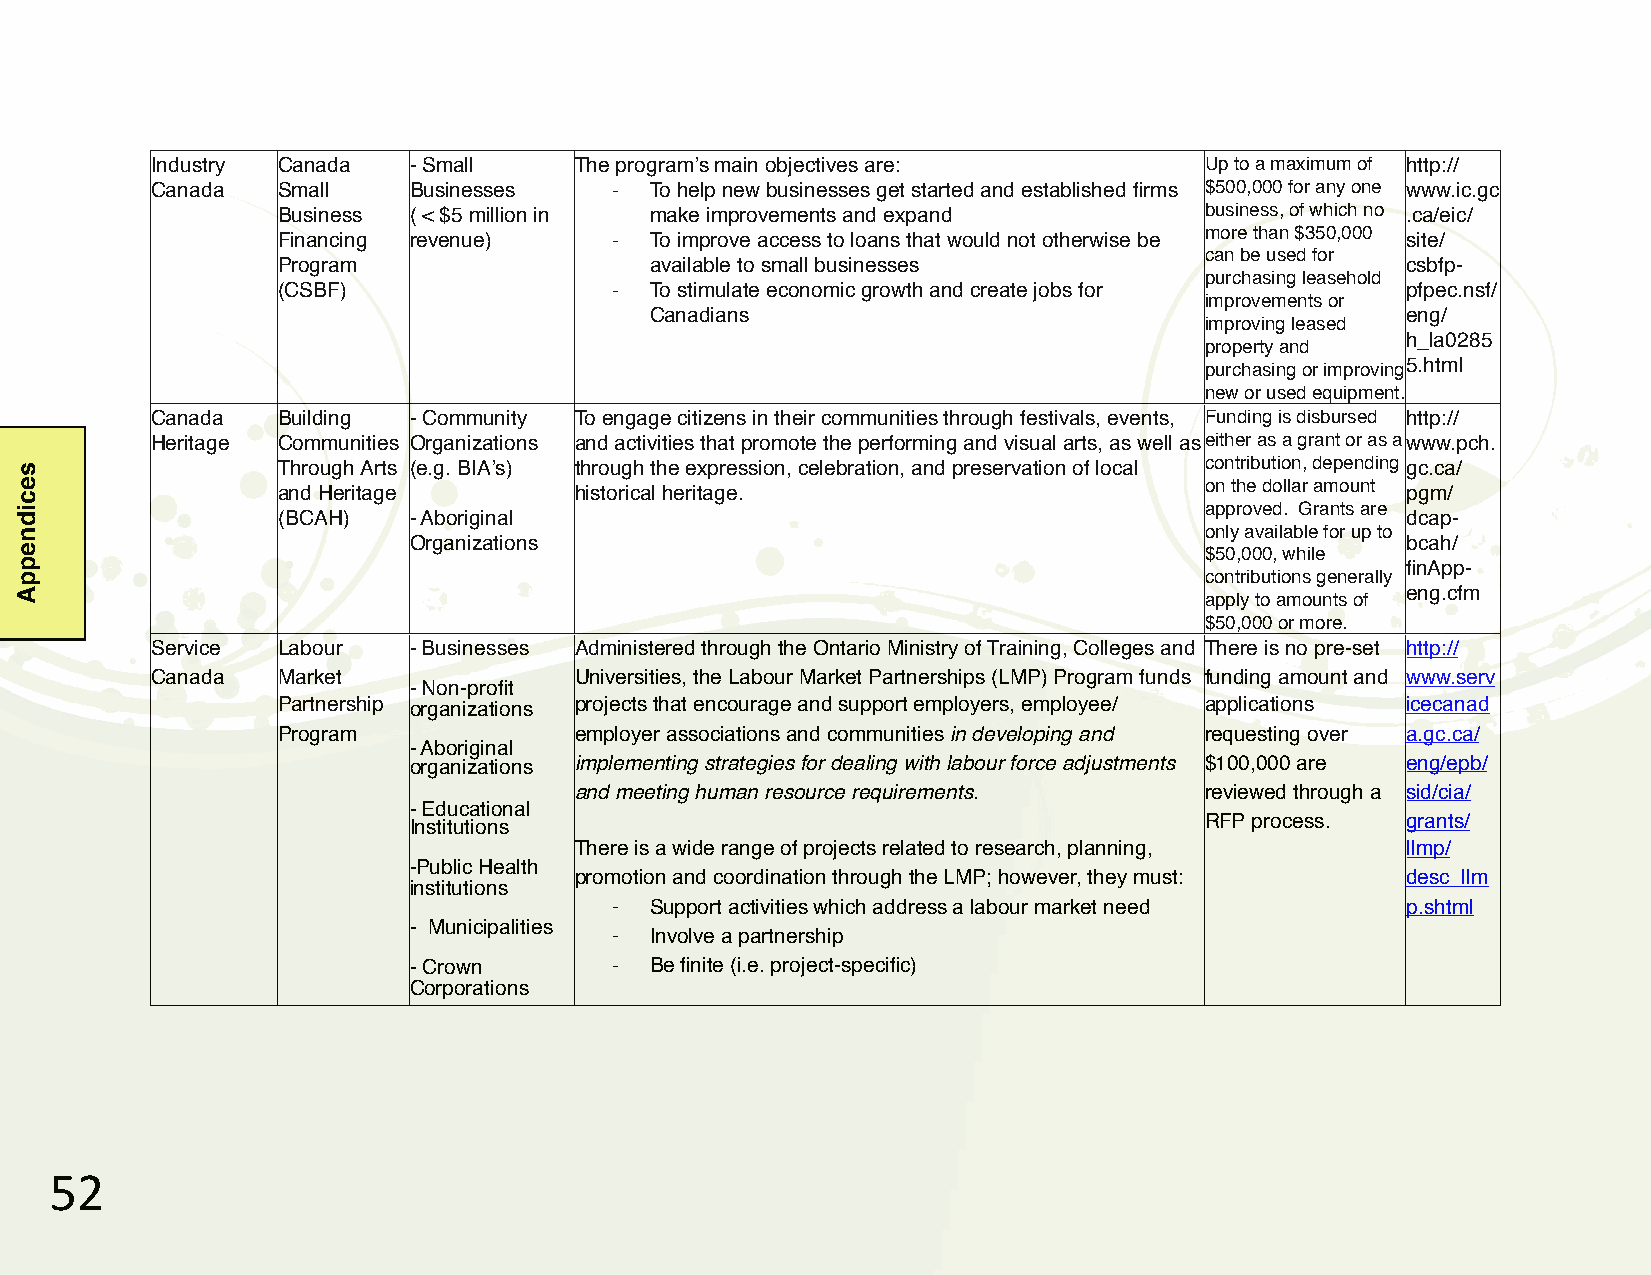
Industry Canada  - Small    The programʼs main objectives are:        Up to a maximum of http://
 Canada  Small    Businesses    # To help new businesses get started and established firms $500,000 for any one www.ic.gc
 Business ( < $5 million in make improvements and expand       business, of which no .ca/eic/
 Financing revenue)     # To improve access to loans that would not otherwise be more than $350,000 site/
 can be used for
 Program                  available to small businesses                     csbfp-
 purchasing leasehold
 (CSBF)                 # To stimulate economic growth and create jobs for  pfpec.nsf/
 improvements or
 Canadians                                         eng/
 improving leased
 h_la0285
 property and
 purchasing or improving 5.html
 new or used equipment.
 Canada  Building - Community To engage citizens in their communities through festivals, events, Funding is disbursed http://
 Heritage Communities Organizations and activities that promote the performing and visual arts, as well as either as a grant or as a www.pch.
 Through Arts (e.g. BIAʼs) through the expression, celebration, and preservation of local contribution, depending gc.ca/
 on the dollar amount
 and Heritage        historical heritage.                                   pgm/
 approved. Grants are
 (BCAH)   - Aboriginal                                                      dcap-
 only available for up to
 Organizations                                                     bcah/
 $50,000, while
 finApp-
 contributions generally
 eng.cfm
 apply to amounts of
 $50,000 or more.
 Service Labour   - Businesses Administered through the Ontario Ministry of Training, Colleges and There is no pre-set http://
 Canada  Market              Universities, the Labour Market Partnerships (LMP) Program funds funding amount and www.serv
 - Non-profit
 Partnership organizations projects that encourage and support employers, employee/ applications icecanad
 Program             employer associations and communities in developing and requesting over a.gc.ca/
 - Aboriginal
 organizations implementing strategies for dealing with labour force adjustments $100,000 are eng/epb/
 and meeting human resource requirements.  reviewed through a sid/cia/
 - Educational
 Institutions                                         RFP process. grants/
 There is a wide range of projects related to research, planning, llmp/
 -Public Health
 promotion and coordination through the LMP; however, they must: desc_llm
 institutions
 # Support activities which address a labour market need p.shtml
 - Municipalities
 # Involve a partnership
 - Crown       # Be finite (i.e. project-specific)
 Corporations
 &$
 secidneppA